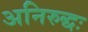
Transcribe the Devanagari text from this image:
अनिरुद्धः